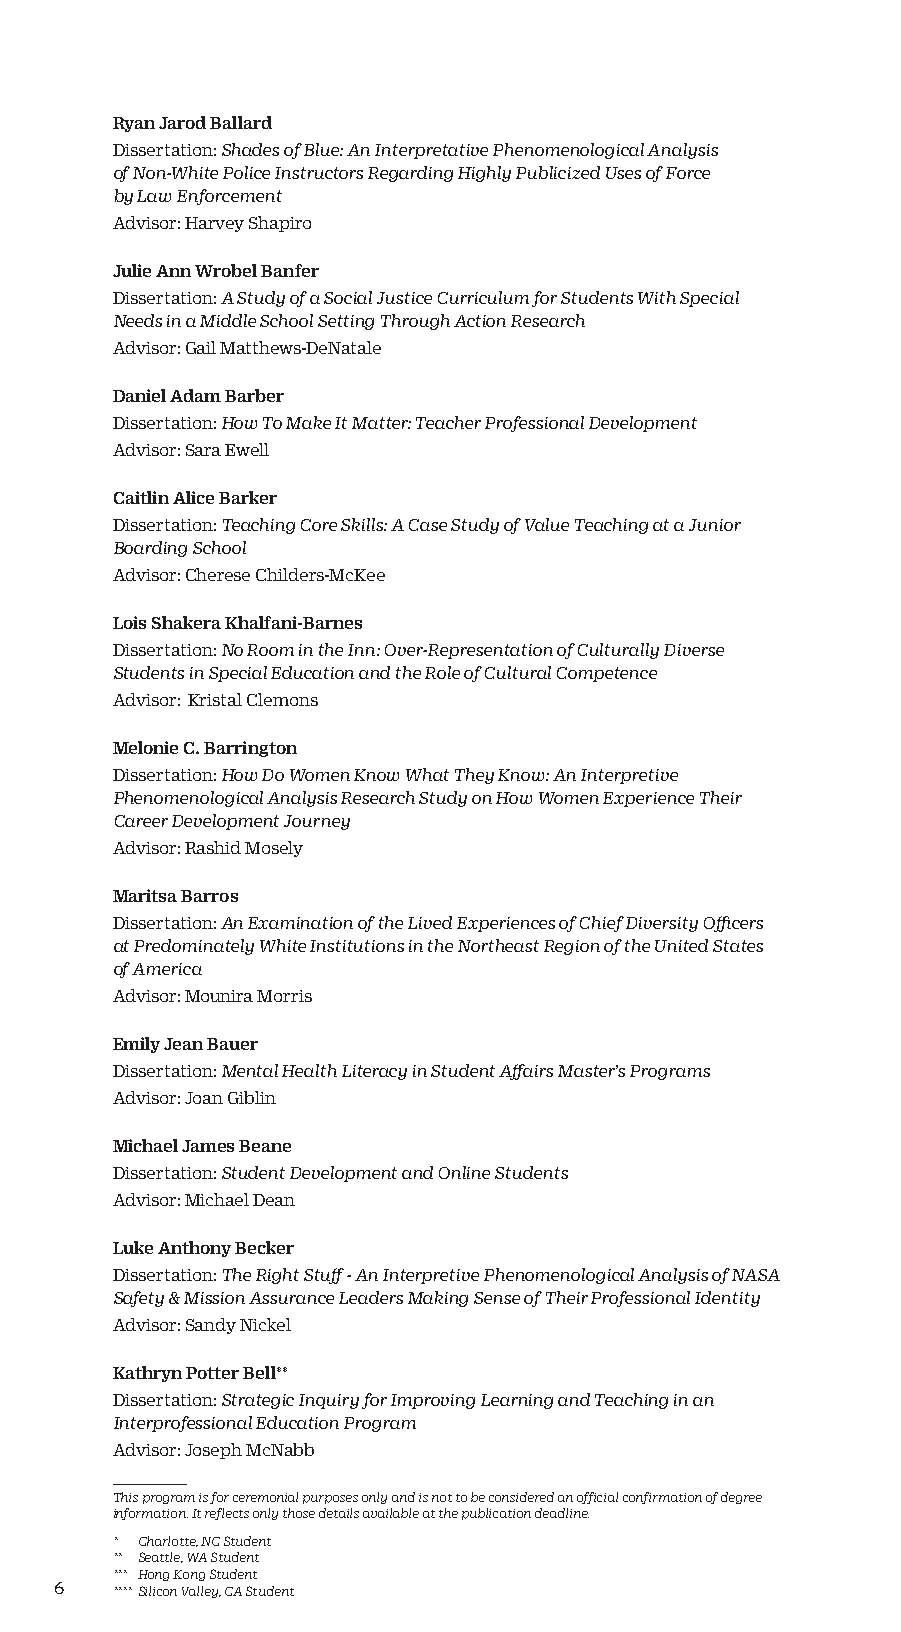
Ryan Jarod Ballard
 Dissertation: Shades of Blue: An Interpretative Phenomenological Analysis
 of Non-White Police Instructors Regarding Highly Publicized Uses of Force
 by Law Enforcement
 Advisor: Harvey Shapiro
 Julie Ann Wrobel Banfer
 Dissertation: A Study of a Social Justice Curriculum for Students With Special
 Needs in a Middle School Setting Through Action Research
 Advisor: Gail Matthews-DeNatale
 Daniel Adam Barber
 Dissertation: How To Make It Matter: Teacher Professional Development
 Advisor: Sara Ewell
 Caitlin Alice Barker
 Dissertation: Teaching Core Skills: A Case Study of Value Teaching at a Junior
 Boarding School
 Advisor: Cherese Childers-McKee
 Lois Shakera Khalfani-Barnes
 Dissertation: No Room in the Inn: Over-Representation of Culturally Diverse
 Students in Special Education and the Role of Cultural Competence
 Advisor: Kristal Clemons
 Melonie C. Barrington
 Dissertation: How Do Women Know What They Know: An Interpretive
 Phenomenological Analysis Research Study on How Women Experience Their
 Career Development Journey
 Advisor: Rashid Mosely
 Maritsa Barros
 Dissertation: An Examination of the Lived Experiences of Chief Diversity Officers
 at Predominately White Institutions in the Northeast Region of the United States
 of America
 Advisor: Mounira Morris
 Emily Jean Bauer
 Dissertation: Mental Health Literacy in Student Affairs Master’s Programs
 Advisor: Joan Giblin
 Michael James Beane
 Dissertation: Student Development and Online Students
 Advisor: Michael Dean
 Luke Anthony Becker
 Dissertation: The Right Stuff - An Interpretive Phenomenological Analysis of NASA
 Safety & Mission Assurance Leaders Making Sense of Their Professional Identity
 Advisor: Sandy Nickel
 Kathryn Potter Bell**
 Dissertation: Strategic Inquiry for Improving Learning and Teaching in an
 Interprofessional Education Program
 Advisor: Joseph McNabb
 This program is for ceremonial purposes only and is not to be considered an official confirmation of degree
 information. It reflects only those details available at the publication deadline.
 * Charlotte, NC Student
 ** Seattle, WA Student
 *** Hong Kong Student
 6  **** Silicon Valley, CA Student